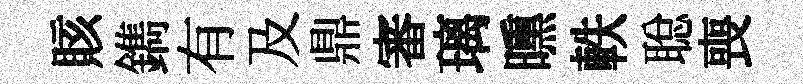
賅鐫有及鼎審璃曛軼聪喪